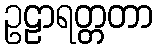
ဥဠာရတ္တတာ